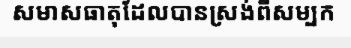
សមាសធាតុដែលបានស្រង់ពីសម្បក